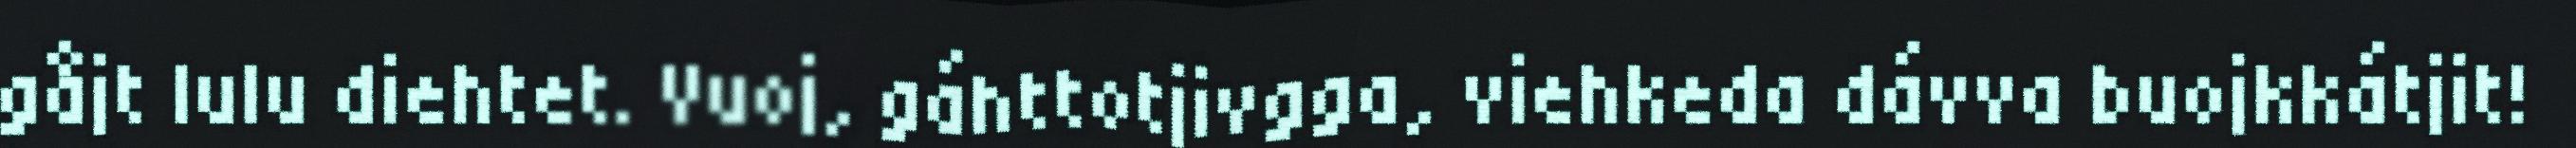
gåjt lulu diehtet. Vuoj, gáhttotjivgga, viehkeda dávva buojkkátjit!